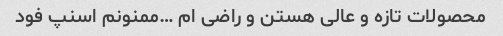
محصولات تازه و عالی هستن و راضی ام …ممنونم اسنپ فود